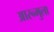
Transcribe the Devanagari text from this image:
आरन्मुला